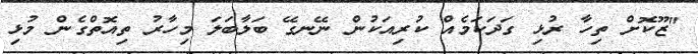
"ޒޫކޮށް ތިހާ ރުޅި ގަދަކަމެއް ކުރިއަކުން ނޭނގޭ ބަލާބަލަ މިހާރު ތިއޮތްގެން މުޅި